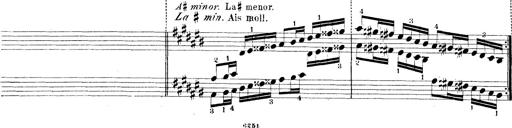
Title: Technische Studien
Composer: Franz Liszt